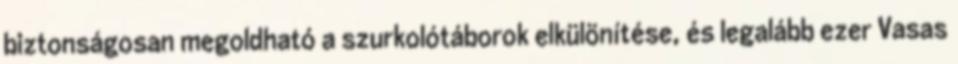
biztonságosan megoldható a szurkolótáborok elkülönítése, és legalább ezer Vasas